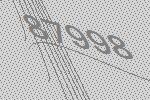
87998